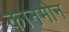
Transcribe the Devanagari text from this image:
कानमोन